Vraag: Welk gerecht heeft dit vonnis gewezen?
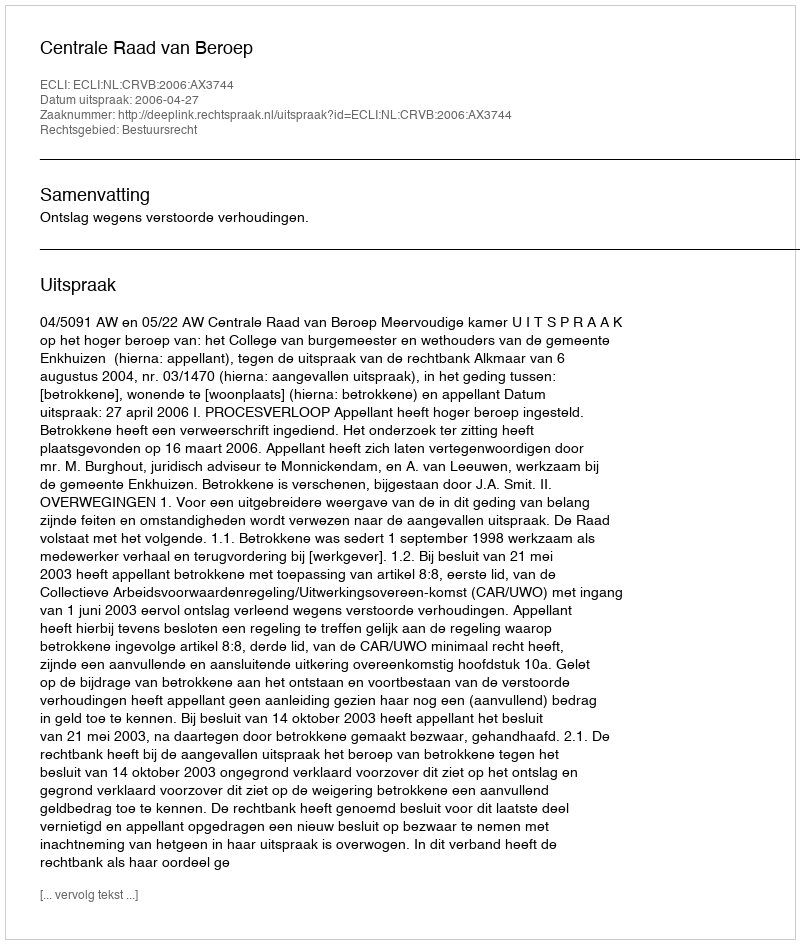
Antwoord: Centrale Raad van Beroep